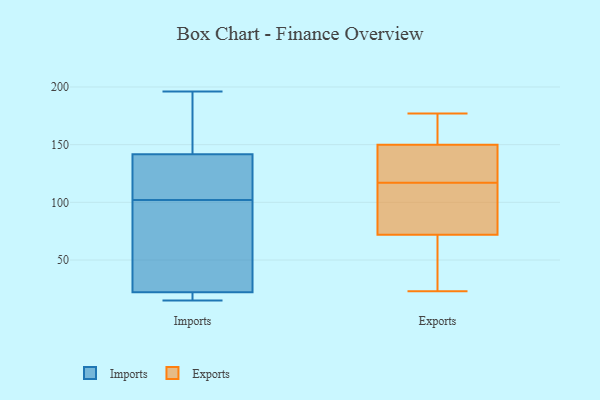
{"axis": {"x": "Website Visitors", "y": "Value"}, "legend": ["Exports", "Imports"], "data": [{"x": "", "y": 33, "type": "Imports"}, {"x": "", "y": 195, "type": "Imports"}, {"x": "", "y": 102, "type": "Imports"}, {"x": "", "y": 141, "type": "Imports"}, {"x": "", "y": 18, "type": "Imports"}, {"x": "", "y": 173, "type": "Imports"}, {"x": "", "y": 196, "type": "Imports"}, {"x": "", "y": 142, "type": "Imports"}, {"x": "", "y": 117, "type": "Imports"}, {"x": "", "y": 22, "type": "Imports"}, {"x": "", "y": 77, "type": "Imports"}, {"x": "", "y": 22, "type": "Imports"}, {"x": "", "y": 15, "type": "Imports"}, {"x": "", "y": 18, "type": "Imports"}, {"x": "", "y": 139, "type": "Imports"}, {"x": "", "y": 148, "type": "Exports"}, {"x": "", "y": 51, "type": "Exports"}, {"x": "", "y": 72, "type": "Exports"}, {"x": "", "y": 23, "type": "Exports"}, {"x": "", "y": 140, "type": "Exports"}, {"x": "", "y": 177, "type": "Exports"}, {"x": "", "y": 108, "type": "Exports"}, {"x": "", "y": 150, "type": "Exports"}, {"x": "", "y": 172, "type": "Exports"}, {"x": "", "y": 120, "type": "Exports"}, {"x": "", "y": 67, "type": "Exports"}, {"x": "", "y": 114, "type": "Exports"}, {"x": "", "y": 158, "type": "Exports"}, {"x": "", "y": 103, "type": "Exports"}]}